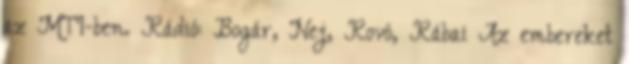
az MTI-ben. Rádió: Bogár, Nej, Rovó, Rábai Az embereket